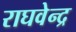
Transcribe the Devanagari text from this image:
राघवेन्‍द्र